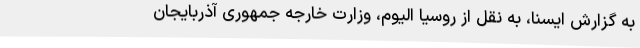
به گزارش ایسنا، به نقل از روسیا الیوم، وزارت خارجه جمهوری آذربایجان